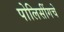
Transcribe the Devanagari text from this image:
पोलिसींगचे